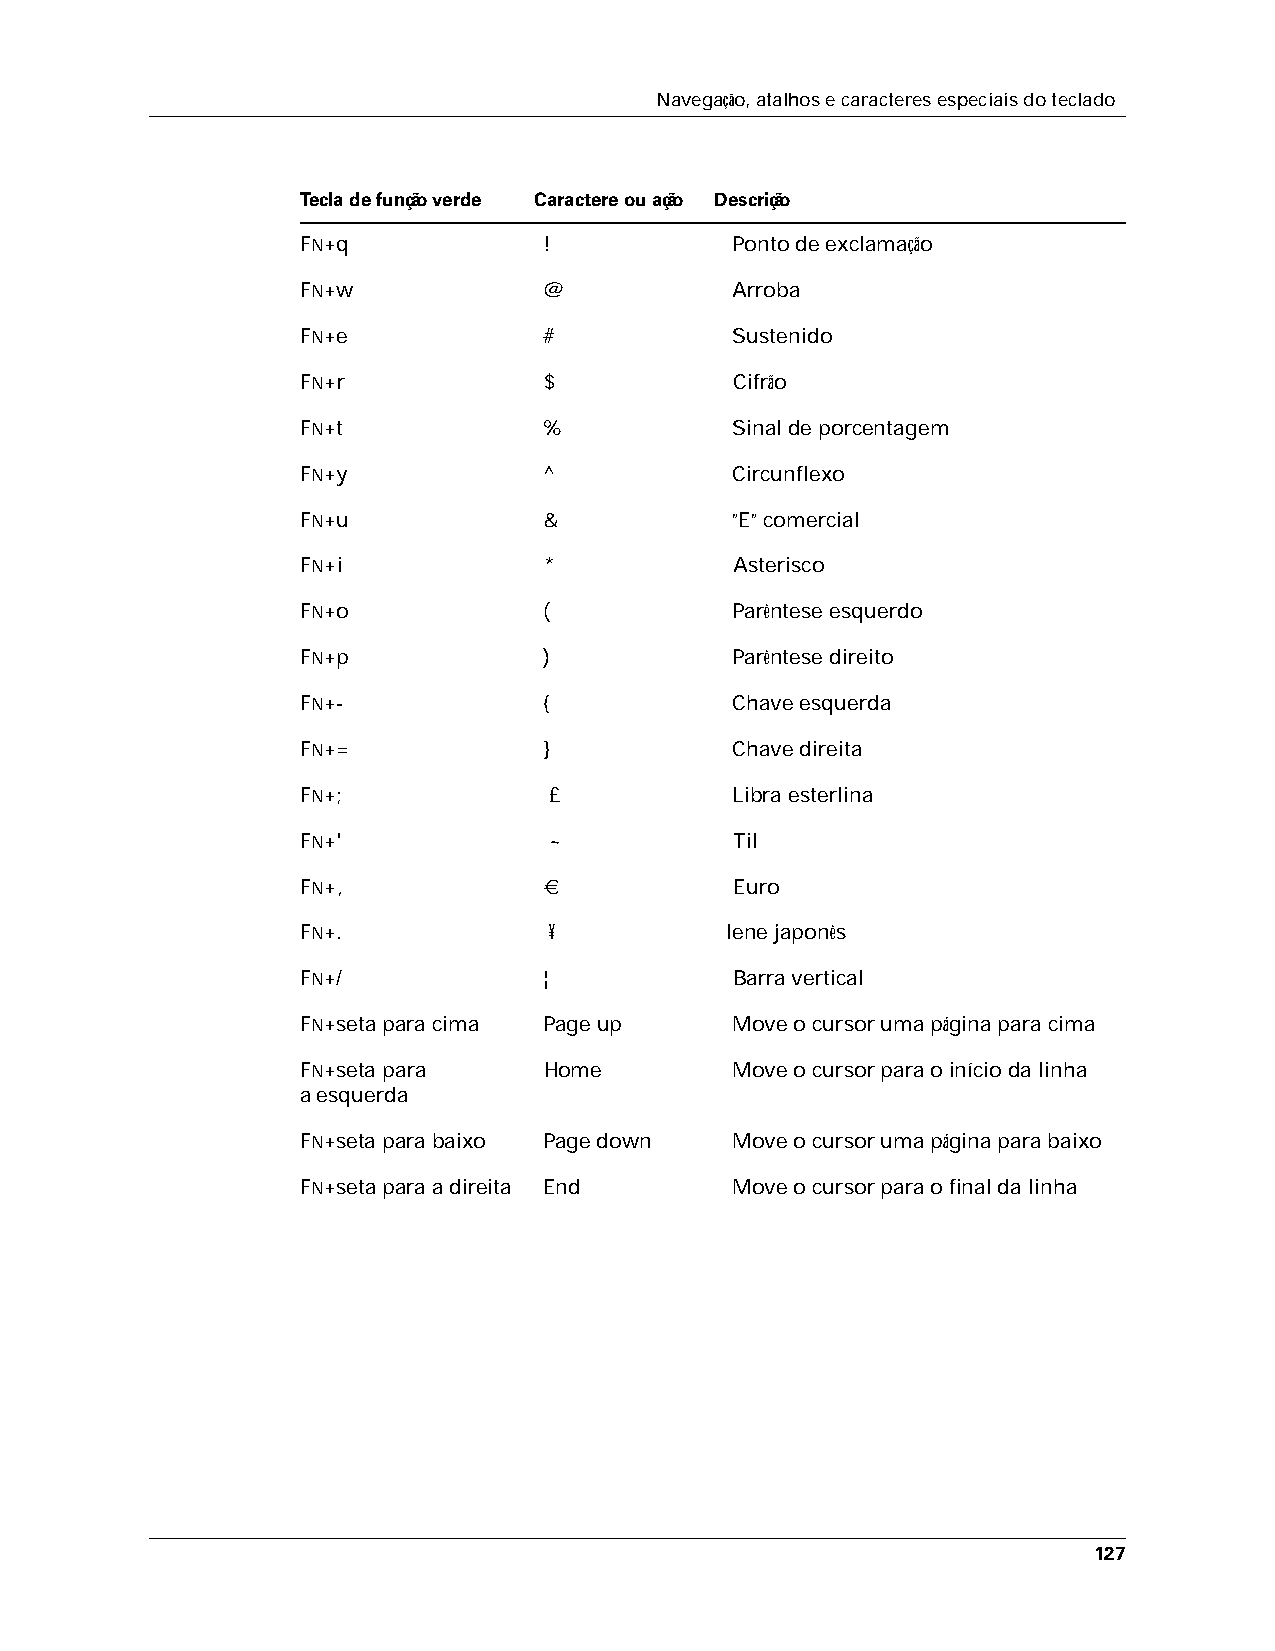
Navegação, atalhos e caracteres especiais do teclado
 Tecla de função verde Caractere ou ação Descrição
 FN+q            !            Ponto de exclamação
 FN+w            @            Arroba
 FN+e            #            Sustenido
 FN+r            $            Cifrão
 FN+t            %            Sinal de porcentagem
 FN+y            ^            Circunflexo
 FN+u            &            ”E” comercial
 FN+i            *            Asterisco
 FN+o            (            Parêntese esquerdo
 FN+p            )            Parêntese direito
 FN+-            {            Chave esquerda
 FN+=            }            Chave direita
 FN+;            £            Libra esterlina
 FN+'            ~            Til
 FN+,            €            Euro
 FN+.            ¥           Iene japonês
 FN+/            ¦            Barra vertical
 FN+seta para cima Page up    Move o cursor uma página para cima
 FN+seta para    Home         Move o cursor para o início da linha
 aesquerda
 FN+seta para baixo Page down Move o cursor uma página para baixo
 FN+seta para a direita End   Move o cursor para o final da linha
 127